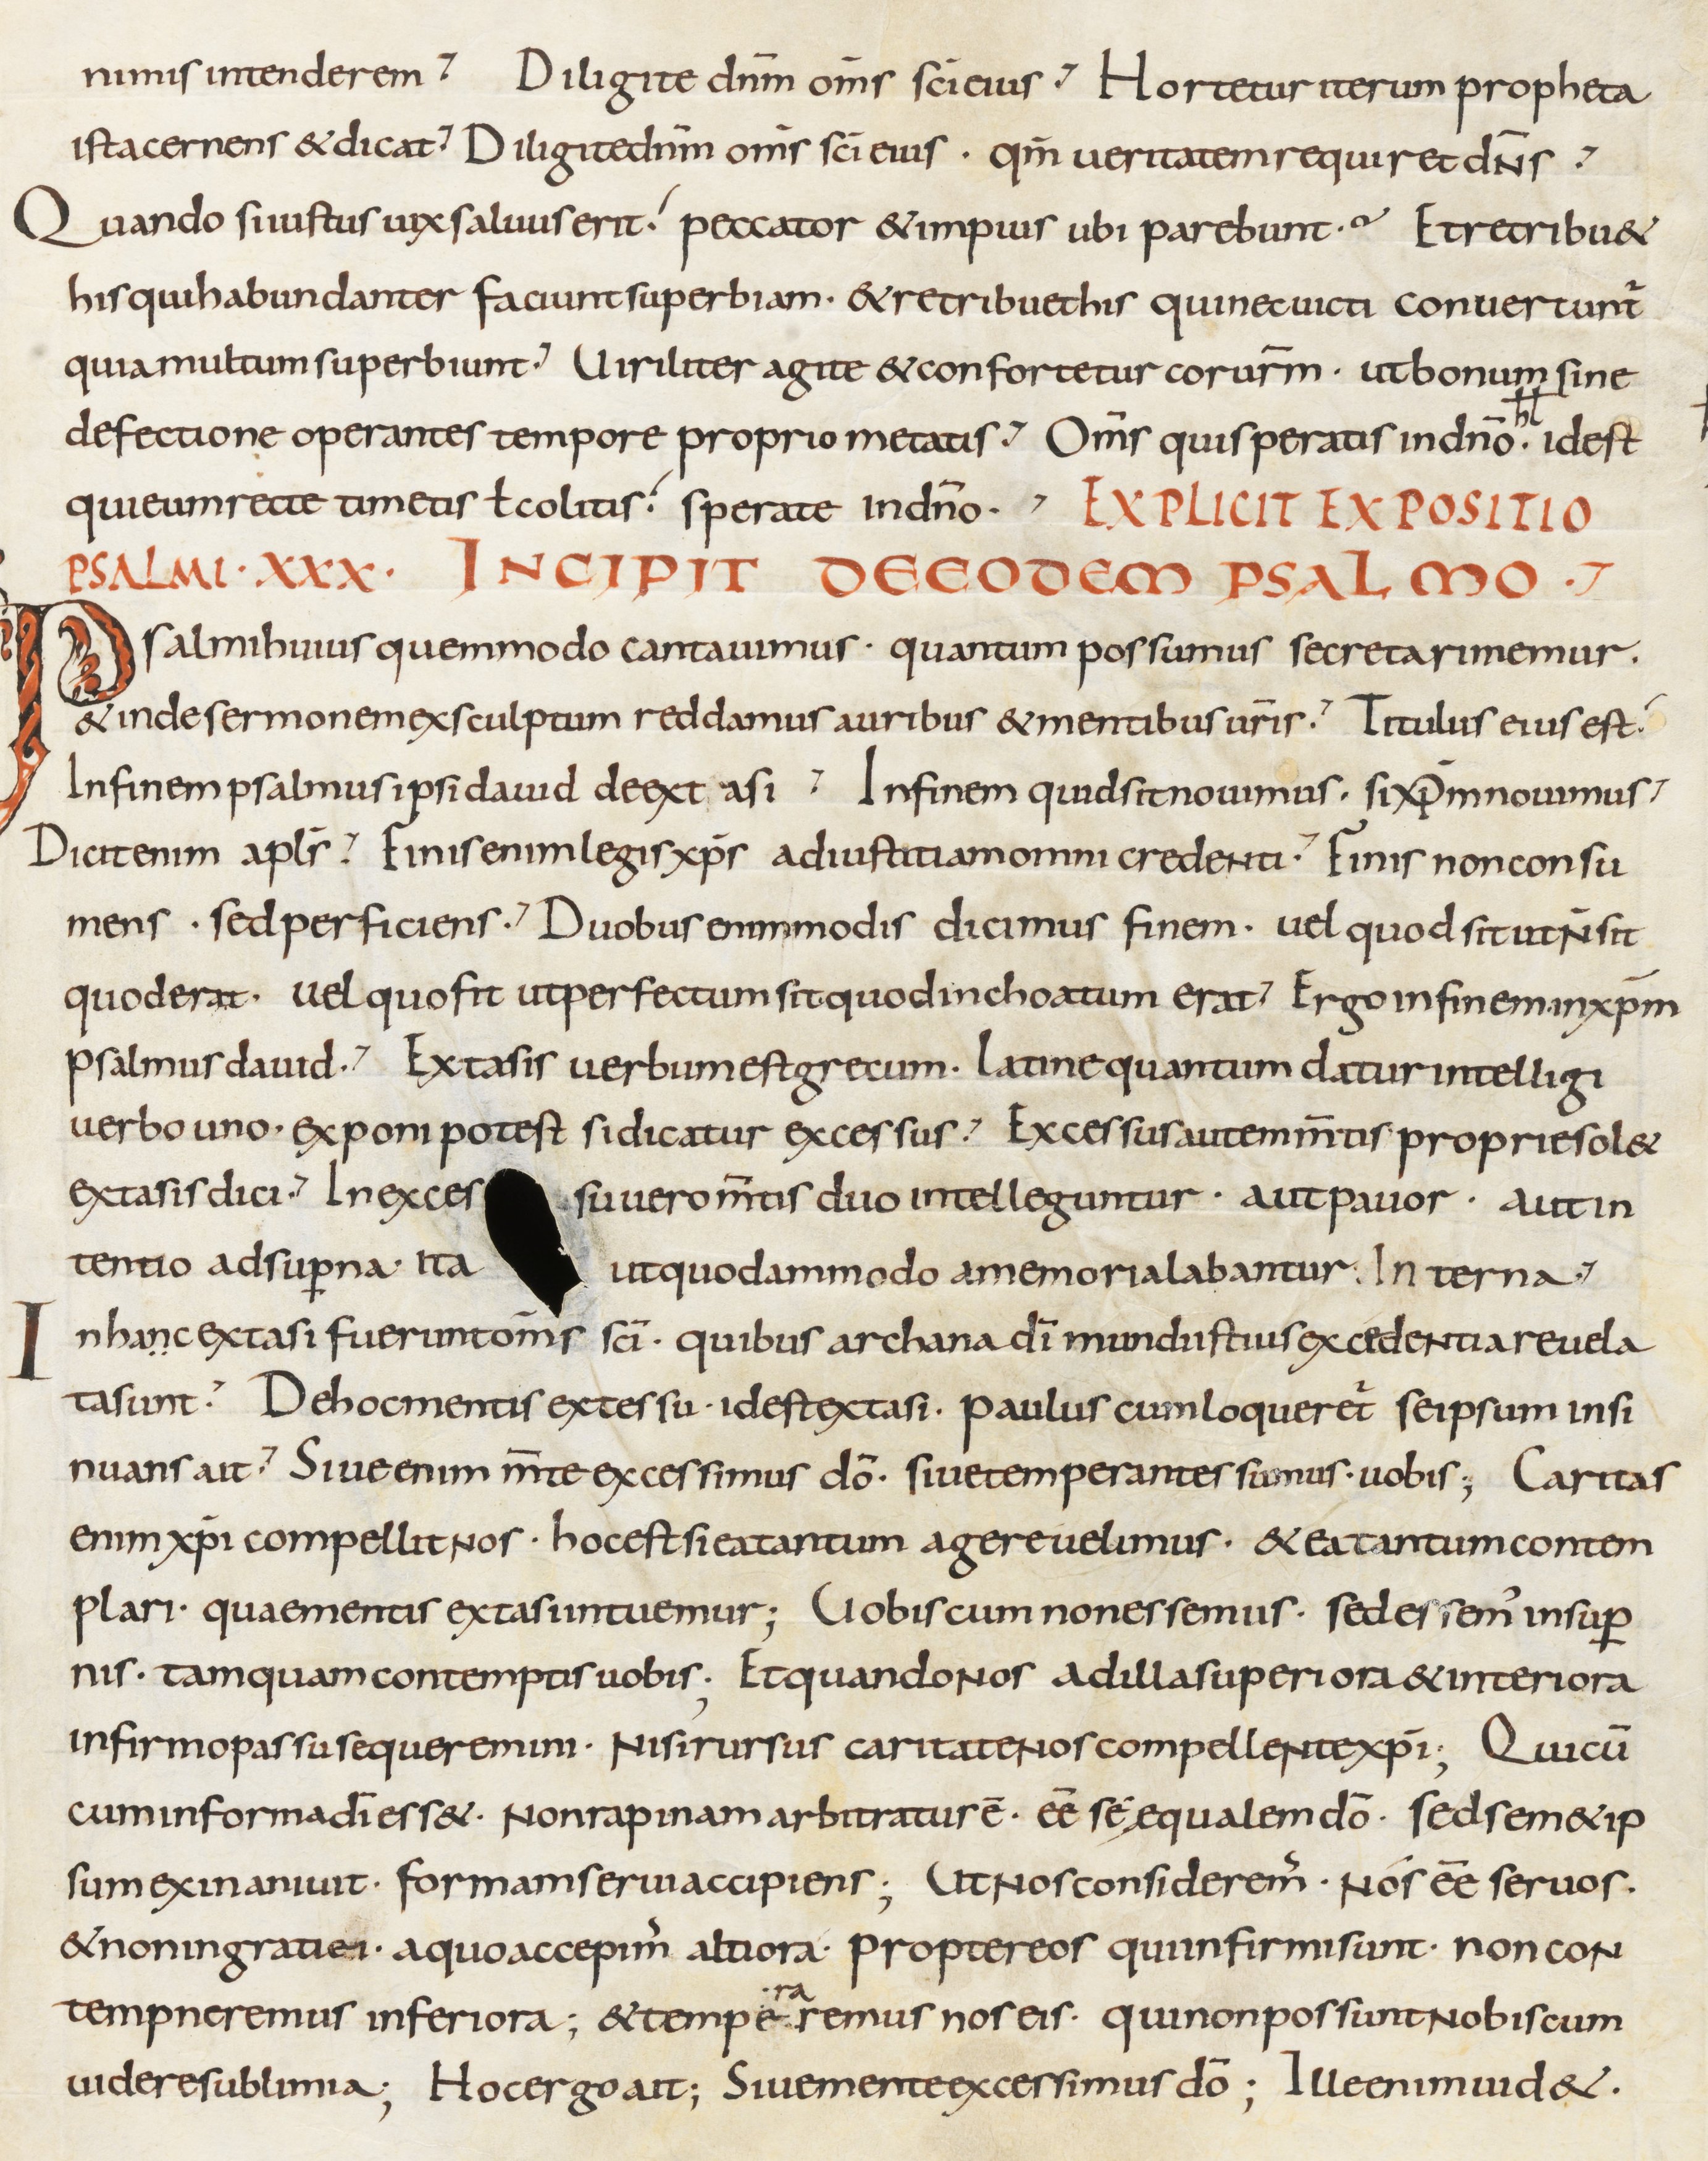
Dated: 800–899